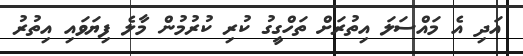
އަދި އެ މައްސަލަ އިތުރަށް ތަހްގީގު ކުރި ކުރުމުން މާލެ ފިޔަވައި އިތުރު